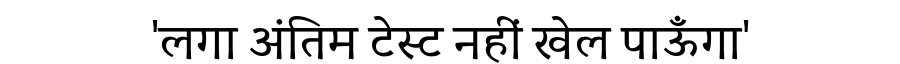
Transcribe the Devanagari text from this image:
'लगा अंतिम टेस्ट नहीं खेल पाऊँगा'